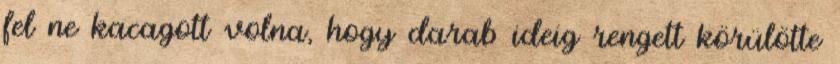
fel ne kacagott volna, hogy darab ideig rengett körülötte